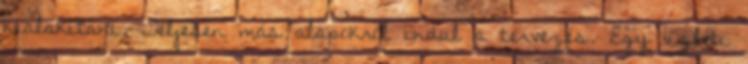
kialakítani. Teljesen más alapokról indul a tervezés. Egy üzleti